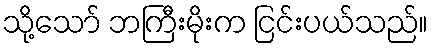
သို့သော် ဘကြီးမိုးက ငြင်းပယ်သည်။